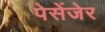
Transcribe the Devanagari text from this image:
पेसेंजेर